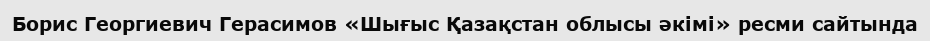
Борис Георгиевич Герасимов «Шығыс Қазақстан облысы әкімі» ресми сайтында